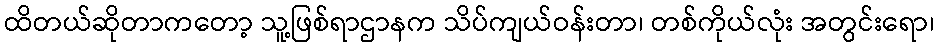
ထိတယ်ဆိုတာကတော့ သူ့ဖြစ်ရာဌာနက သိပ်ကျယ်ဝန်းတာ၊ တစ်ကိုယ်လုံး အတွင်းရော၊